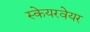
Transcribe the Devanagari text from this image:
स्केयरवेयर